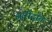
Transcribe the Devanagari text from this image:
आरीदाँत